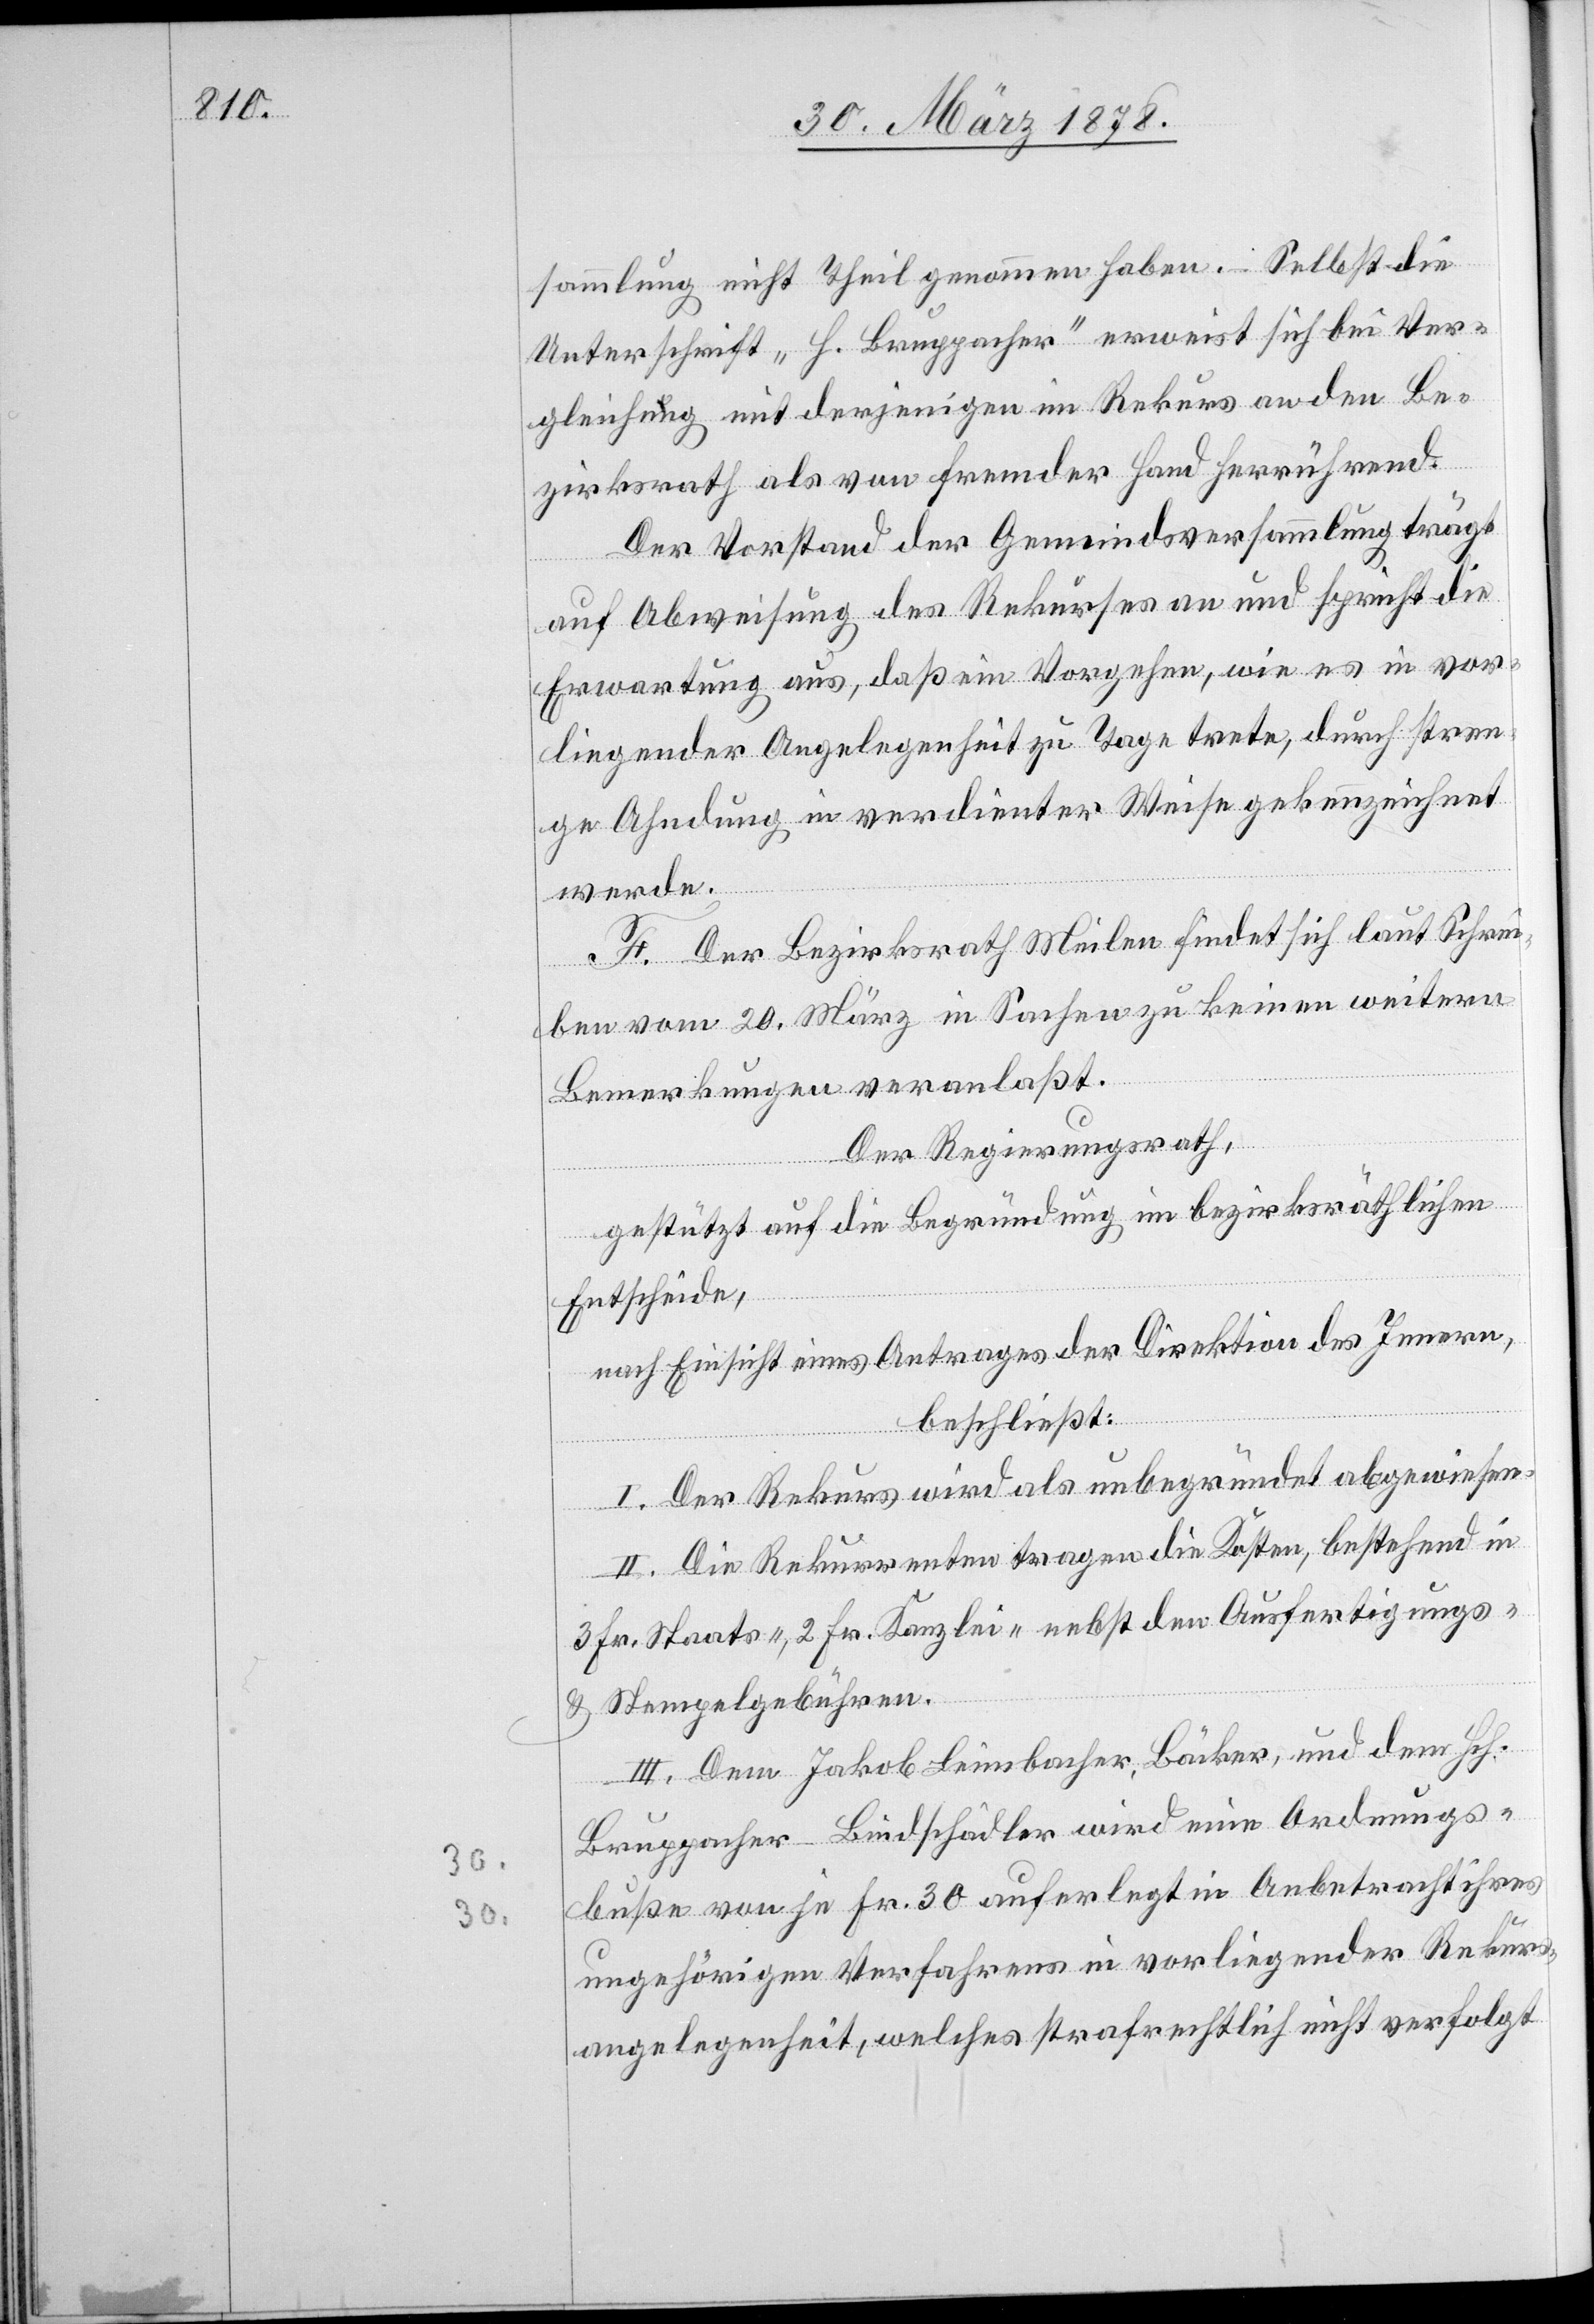
sammlung nicht Theil genommen haben. Selbst die
Unterschrift „H. Bruppacher“ erweist sich bei der
gleichung mit derjenigen im Rekurs an den Be¬
zirksrath als von fremder Hand herrührend.
Der Vorstand der Gemeindsversammlung trägt
auf Abweisung des Rekurses an und spricht die
Erwartung aus, daß ein Vorgehen, wie es in vor¬
liegender Angelegenheit zu Tage trete, durch stren¬
ge Ahndung in verdienter Weise gekennzeichnet
werde.
F. Der Bezirksrath Meilen findet sich laut Schrei¬
Ver¬
ben vom 20. März in Sachen zu keinen weitern
Bemerkungen veranlaßt.
Der Regierungsrath,
gestützt auf die Begründung im bezirksräthlichen
Entscheide,
nach Einsicht eines Antrages der Direktion des Innern,
beschließt:
I. Der Rekurs wird als unbegründet abgewiesen.
II. Die Rekurrenten tragen die Kosten, bestehend in
3 Fr. Staats-. 2 Fr. Kanzlei- nebst den Ausfertigungs-
& Stempelgebühren.
III. Dem Jakob Leimbacher, Bäcker, und dem Hch.
Bruppacher-Bindschädler wird eine Ahndungs¬
buße von je Fr. 30 auferlegt in Anbetracht ihres
ungehörigen Verfahrens in vorliegender Rekurs¬
angelegenheit, welches strafrechtlich nicht verfolgt